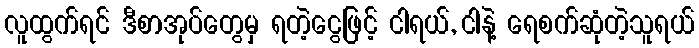
လူထွက်ရင် ဒီစာအုပ်တွေမှ ရတဲ့ငွေဖြင့် ငါရယ်, ငါနဲ့ ရေစက်ဆုံတဲ့သူရယ်